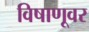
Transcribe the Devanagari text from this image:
विषाणूवर